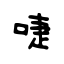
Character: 啑